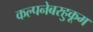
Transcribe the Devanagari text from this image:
कल्पनेबरहुकूम